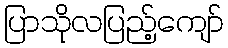
ပြာသိုလပြည့်ကျော်